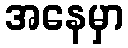
အနေမှာ